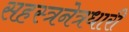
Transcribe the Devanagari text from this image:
सहस्त्रनेत्रधारी